Leprosy in India: report of the Leprosy Commission in India, 1890-91
Year: 1890
Disease focus: Leprosy
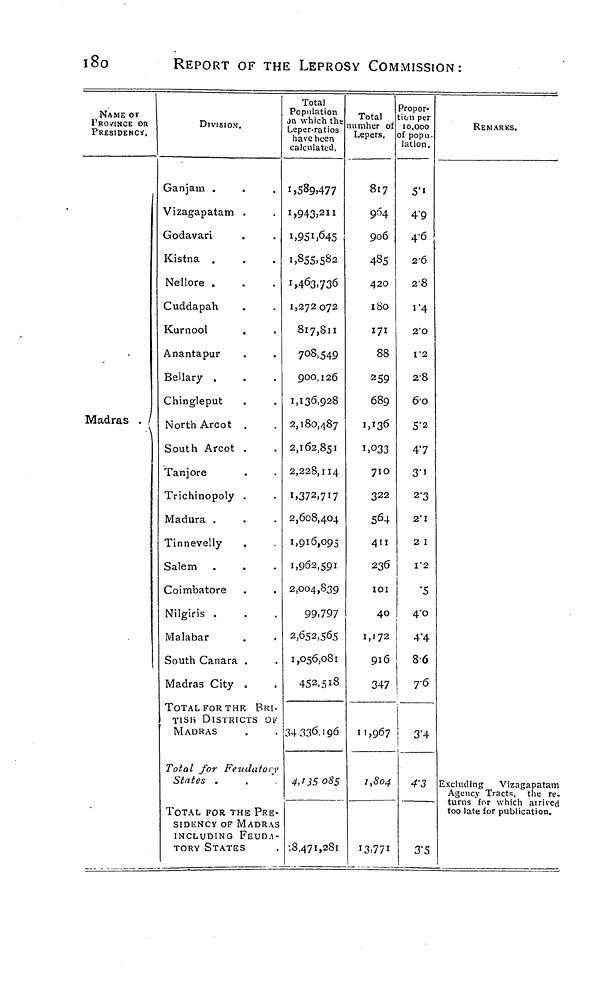
180
REPORT OF THE LEPROSY COMMISSION:
NAME OF
1'RO/INCE OR
PRESIDENCY.
Madras /
\
DIVISION.
Ganjam .
Vizagapatam .
jodavari
Kistna .
Nellore .
Cuddapah
Kurnool
Anantapur
Bellary .
Chingleput
North Arcot .
South Arcot .
Tanjore
Trichinopoly .
Madura .
Tinnevelly
Salem
Coimbatore
Nilgiris .
Malabar
South Canara .
Madras City .
TOTAL FOR THK BRI-
TISH DISTRICTS OF
MADRAS
Total for Feudatoiy
States .
TOTAL FOR THE PRE-
SIDENCY OF MADRAS
INCLUDING FEUDA-
TORY STATES
Total
Population
on which the
Leper-ratios
have been
calculated.
I,589>477
1,943,211
1.951,645
1,855.582
i>463.'/36
1,272 072
817,811
7°8>549
900,126
1,136,928
2,180,487
2,162.851
2,228,114
1.372,717
2,608,404
1,916,095
1,962,591
2,004,839
99,797
2,652,565
1,056,081
452,518
1
34 336,196
4,n5o85
•,8,471,281
Total
mmher of
Lepers.
817
964
906
485
420
180
171
88
259
689
M3 6
i>°33
710
322
564
4ii
236
IOI
40
1,172
916
347
11,967
1,804
I3,77i
>ropor-
ion per
10,000
f pop 11.
lation.
5*'
4'9
4-6
2-6
2-8
1 "4
2"O
1-2
28
6O
5-2
47
3-i
2-3
2*1
2 I
I'2
•5
4'O
4*4
8-6
7<5
3'4
1
3\5
REMARKS.
Excluding
Vizagapatam
Agency Tracts, the re.
turns for which airived
too late for publication.